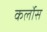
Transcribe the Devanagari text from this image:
कर्लोस